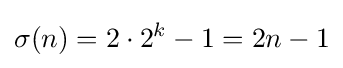
\sigma (n)=2\cdot 2^{k}-1=2n-1